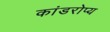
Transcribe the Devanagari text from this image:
कांडरोप्य